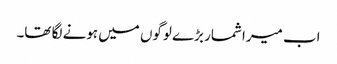
اب میرا شمار بڑے لوگوں میں ہونے لگا تھا۔